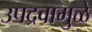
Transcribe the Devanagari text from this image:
उपद्रवामुळे